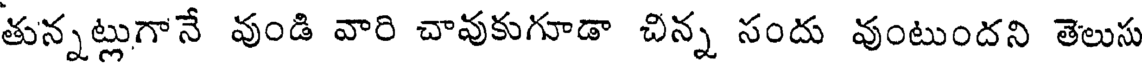
తున్నట్లుగానే వుండి వారి చావుకుగూడా చిన్న సందు వుంటుందని తెలుసు